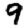
Digit: 9